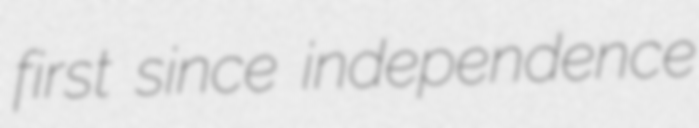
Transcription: first since independence